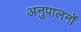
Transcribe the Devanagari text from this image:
अनुपालनों